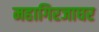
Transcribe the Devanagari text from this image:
महागिरजाघर